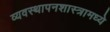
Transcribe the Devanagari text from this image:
व्यवस्थापनशास्त्रामध्ये